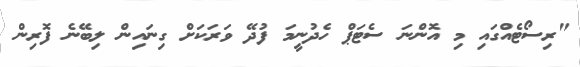
"ރިސޯޓެއްގައި މި އޮންނަ ސެޓަޕް ހެދުނީމަ ފުދޭ ވަރަކަށް ގިނައިން ލިބޭނެ ފޮރިން